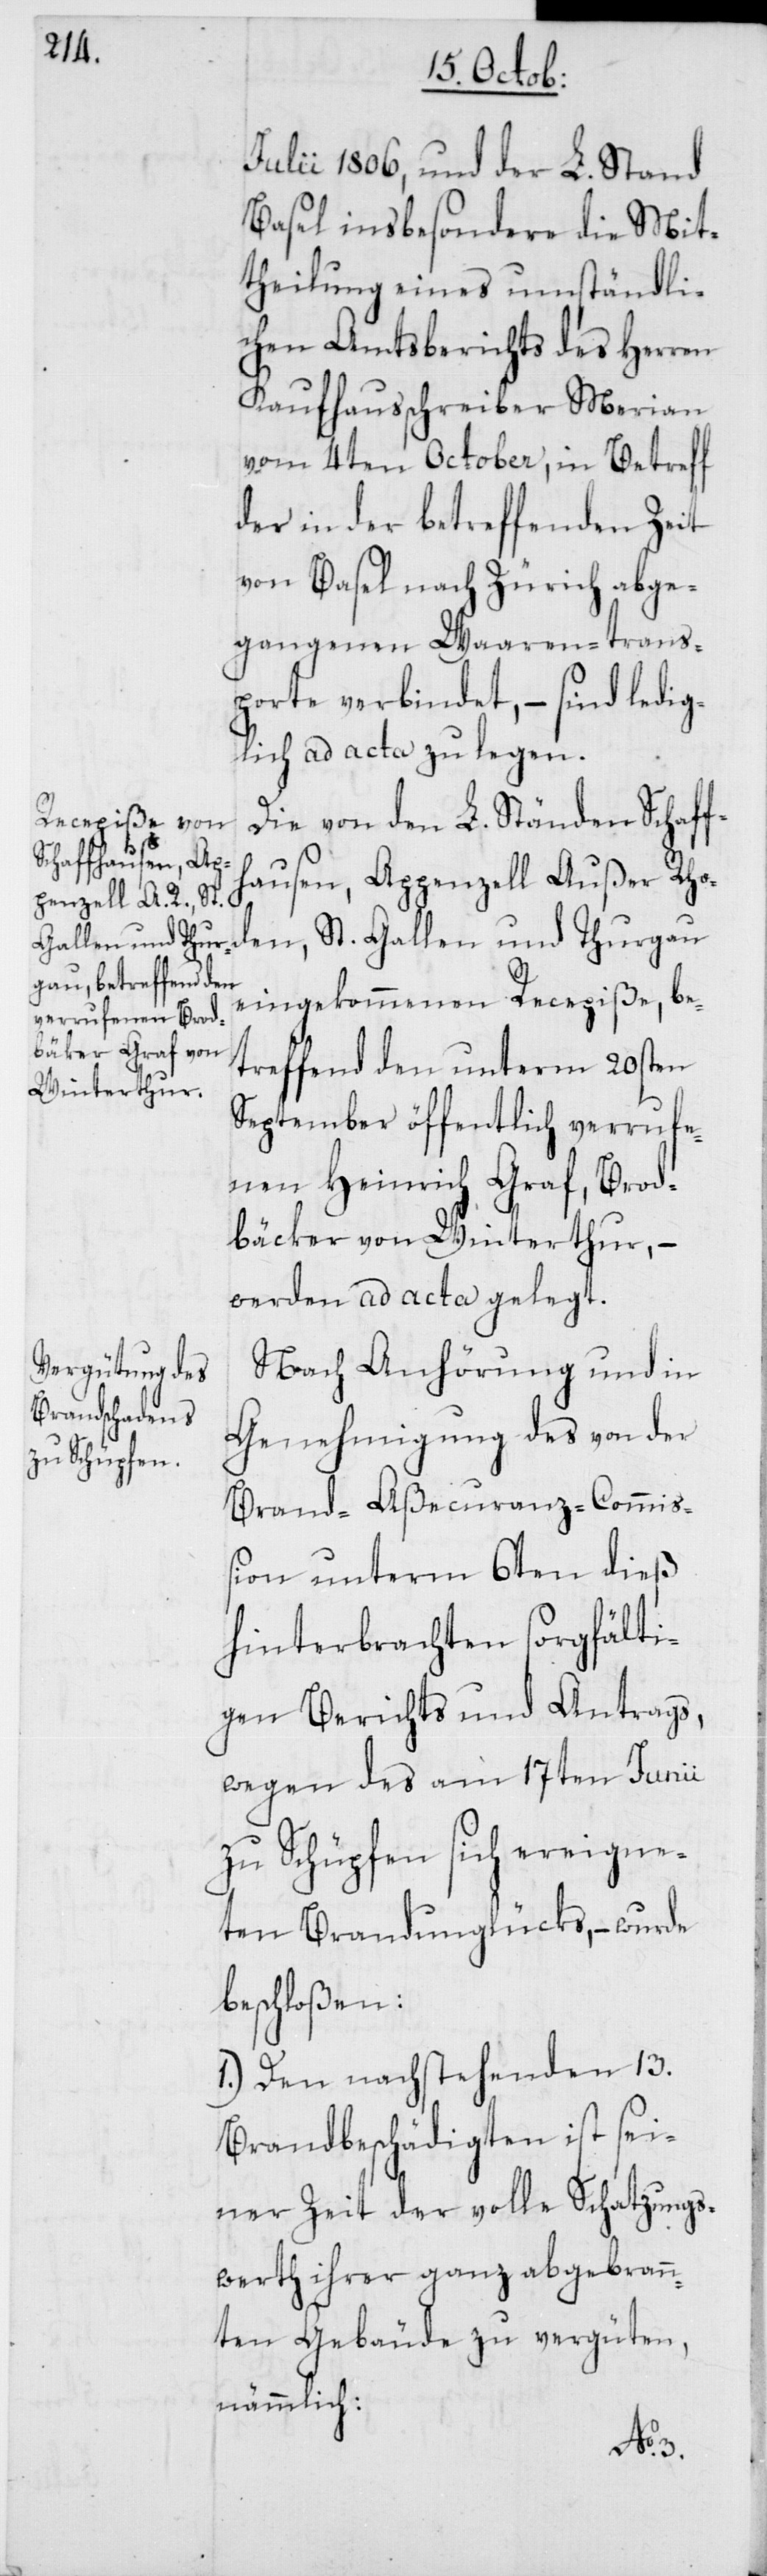
Julii 1806, und der L. Stand
Basel insbesondere die Mit¬
theilung eines umständli¬
chen Amtsberichts des Herren
Kaufhausschreiber Merian
vom 4ten October, in Betreff
der in der betreffenden Zeit
von Basel nach Zürich abge¬
gangenen Waarentrans¬
porte verbindet, – sind ledig¬
lich ad acta zu legen.
Die von den L. Ständen Schaff¬
hausen, Appenzell Außer Rho¬
den, St. Gallen und Thurgau
eingekommenen Recepiße, be¬
treffend den unterm 20sten
September öffentlich verrufe¬
nen Heinrich Graf, Brod¬
bäcker von Winterthur, –
werden ad acta gelegt.
Nach Anhörung und in
Genehmigung des von der
Brand-Aßecuranz-Commiß¬
ion unterm 6ten dieß
hinterbrachten sorgfälti¬
gen Berichts und Antrags,
wegen des am 17ten Junii
zu Schüpfen sich ereigne¬
ten Brandunglücks, – wurde
beschloßen:
1. Den nachstehenden 13.
Brandbeschädigten ist sei¬
ner Zeit der volle Schatzungs¬
werth ihrer ganz abgebrann¬
ten Gebäude zu vergüten,
nämmlich: